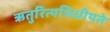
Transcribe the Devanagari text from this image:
ऋतुरित्यभिधीयते